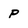
Character: P